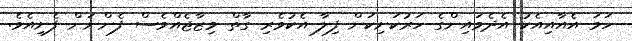
ހަމަ އެއާއިއެކު އެދެމައިންގެ ހަރުކަށިކަން ފިލާ އެކުވެރި ގާތް މިޒާޖެއްވެސް ފެންނަން ފެށިއެވެ.